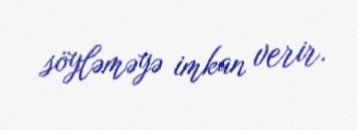
söyləməyə imkan verir.